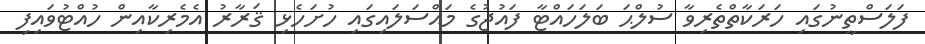
ފަލަސްތީނުގައި ހަރަކާތްތެރިވާ ސުލްޙަ ބަލަހައްޓާ ފައުޖުގެ މައްސަލައިގައި ހުށަހެޅި ޤަރާރު އެމެރިކާއިން ހުއްޓުވައިފި